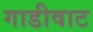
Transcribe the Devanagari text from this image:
गाडीवाट